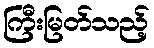
ကြီးမြတ်သည့်